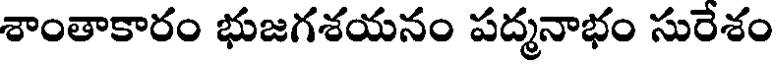
శాంతాకారం భుజగశయనం పద్మనాభం సురేశం